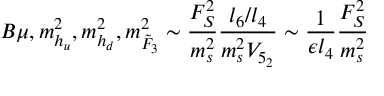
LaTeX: B \mu , m _ { h _ { u } } ^ { 2 } , m _ { h _ { d } } ^ { 2 } , m _ { \tilde { F } _ { 3 } } ^ { 2 } \sim \frac { F _ { S } ^ { 2 } } { m _ { s } ^ { 2 } } \frac { l _ { 6 } / l _ { 4 } } { m _ { s } ^ { 2 } V _ { 5 _ { 2 } } } \sim \frac { 1 } { \epsilon l _ { 4 } } \frac { F _ { S } ^ { 2 } } { m _ { s } ^ { 2 } }